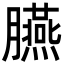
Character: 臙